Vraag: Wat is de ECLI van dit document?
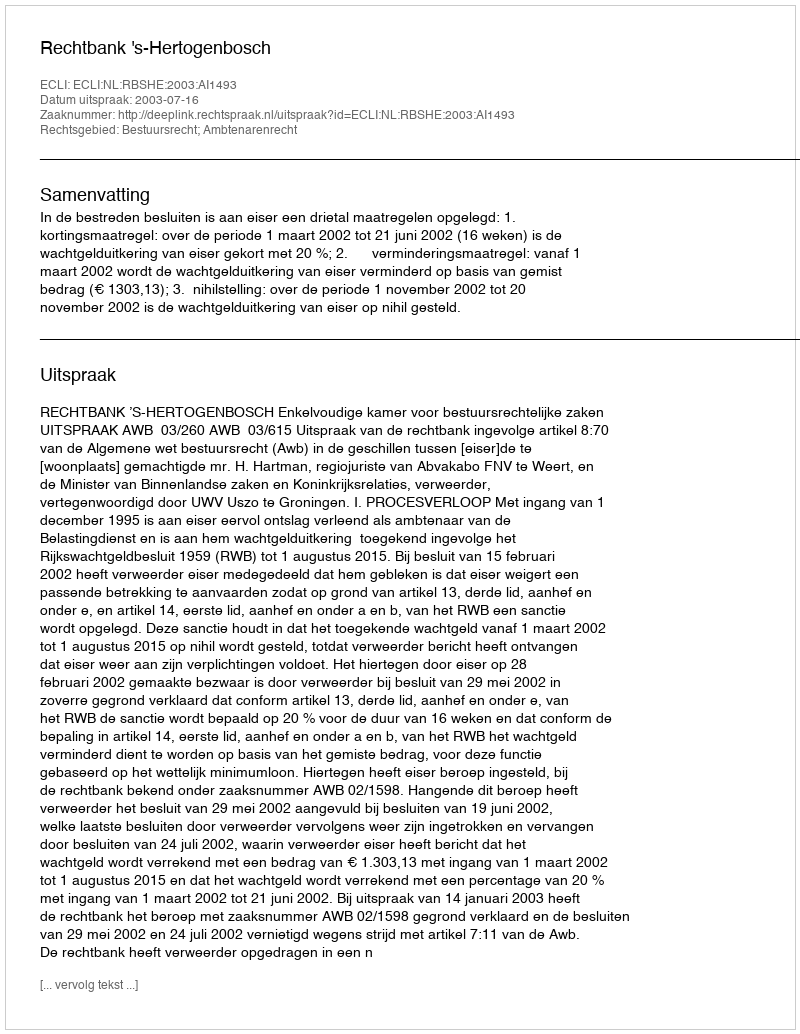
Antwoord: ECLI:NL:RBSHE:2003:AI1493